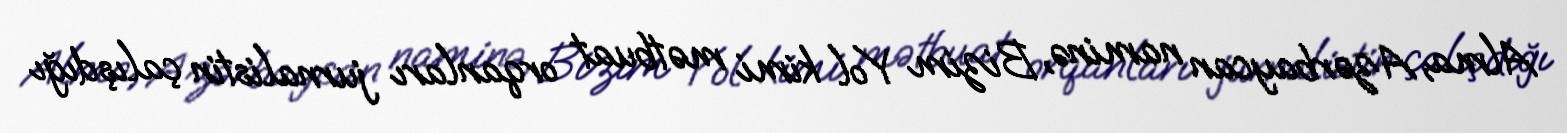
Alma, Azərbaycan naminə, Bizim Yol kimi mətbuat orqanları jurnalistin çalışdığı